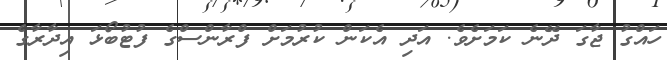
ހައްގު ޖާގަ ދޭނެ ކަމަށެވެ. އަދި އެކަން ކުރުމަށް ފްރާންސްގެ ފުޓުބޯޅަ އިދާރާގެ